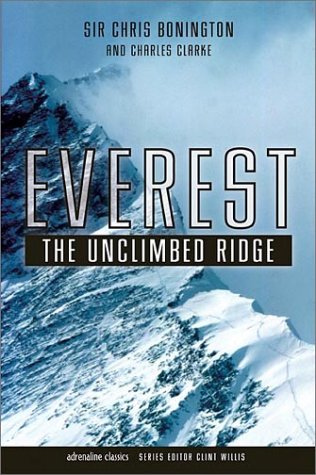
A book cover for Everest: The Unclimbed Ridge (Adrenaline Classics); Sir Chris Bonington; Travel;